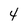
Character: 4